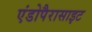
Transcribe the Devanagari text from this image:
एंडोपैरासाइट